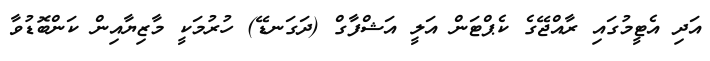
އަދި އެޓީމުގައި ރާއްޖޭގެ ކެޕްޓަން އަލީ އަޝްފާގް (ދަގަނޑޭ) ހުރުމަކީ މާޒިޔާއިން ކަންބޮޑުވާ